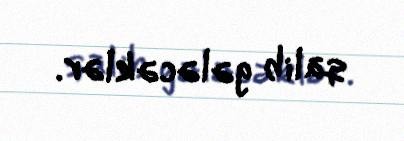
qalib gələcəklər.